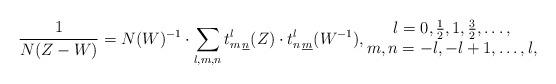
LaTeX: \begin{align*} \frac 1{N(Z-W)}= N(W)^{-1} \cdot \sum_{l,m,n}t^l_{m\,\underline{n}}(Z) \cdot t^l_{n\,\underline{m}}(W^{-1}),\begin{matrix} l=0,\frac 12, 1, \frac 32,\dots, \\m,n = -l, -l+1, \dots, l, \end{matrix}\end{align*}